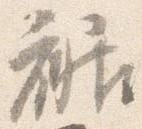
裾